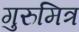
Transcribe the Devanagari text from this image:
गुरुमित्र